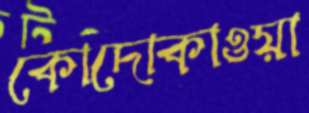
কোদোকাওয়া